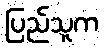
ပြည်သူက